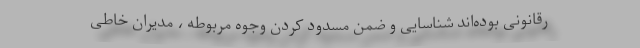
رقانونی بوده‌اند شناسایی و ضمن مسدود کردن وجوه مربوطه ، مدیران خاطی